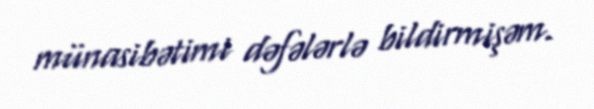
münasibətimi dəfələrlə bildirmişəm.